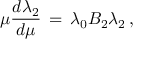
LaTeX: \mu { \frac { d \lambda _ { 2 } } { d \mu } } \, = \, \lambda _ { 0 } B _ { 2 } \lambda _ { 2 } \, ,